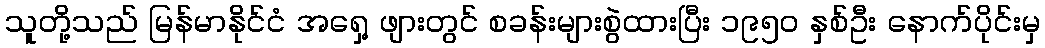
သူတို့သည် မြန်မာနိုင်ငံ အရှေ့ ဖျားတွင် စခန်းများစွဲထားပြီး ၁၉၅၀ နှစ်ဦး နောက်ပိုင်းမှ